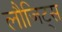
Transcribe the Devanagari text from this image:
लौजिट्स